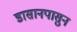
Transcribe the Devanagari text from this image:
डासानपासुन